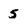
Character: 5